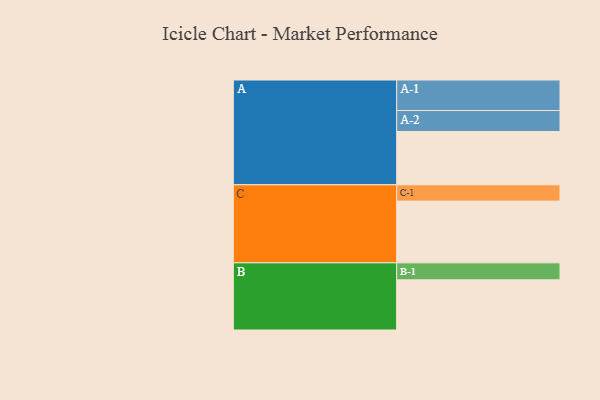
{"axis": {"x": "Segment", "y": "Value"}, "legend": ["", "A", "B", "C"], "data": [{"x": "A", "y": 323, "type": ""}, {"x": "B", "y": 304, "type": ""}, {"x": "C", "y": 374, "type": ""}, {"x": "A-1", "y": 185, "type": "A"}, {"x": "A-2", "y": 127, "type": "A"}, {"x": "B-1", "y": 103, "type": "B"}, {"x": "C-1", "y": 99, "type": "C"}]}